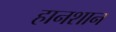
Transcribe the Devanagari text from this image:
हानशान